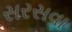
સરસવા